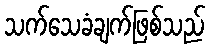
သက်သေခံချက်ဖြစ်သည်